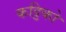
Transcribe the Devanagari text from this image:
कट्टिको